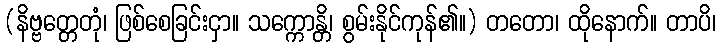
(နိဗ္ဗတ္တေတုံ၊ ဖြစ်စေခြင်းငှာ။ သက္ကောန္တိ၊ စွမ်းနိုင်ကုန်၏။) တတော၊ ထိုနောက်။ တာပိ၊